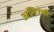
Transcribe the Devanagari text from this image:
अतिउंची